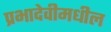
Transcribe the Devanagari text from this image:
प्रभादेवीमधील